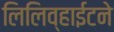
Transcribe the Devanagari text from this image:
लिलिव्हाईटने